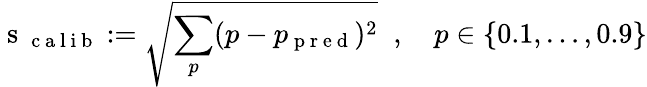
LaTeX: \mathrm{~s~}_{\mathrm{~c~a~l~i~b~}}:=\sqrt{\sum_{p}(p-p_{\mathrm{~p~r~e~d~}})^{2}}\; \; ,\quad p\in\{ 0.1,\dots,0.9\}